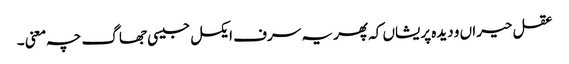
عقل حیراں و دیدہ پریشاں کہ پھر یہ سرف ایکسل جیسی جھاگ چہ معنی ۔